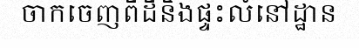
ចាកចេញពីដីនិងផ្ទះលំនៅដ្ឋាន